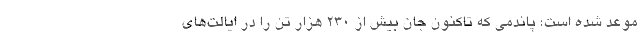
موعد شده است؛ پاندمی که تاکنون جان بیش از ۲۳۰ هزار تن را در ایالت‌های